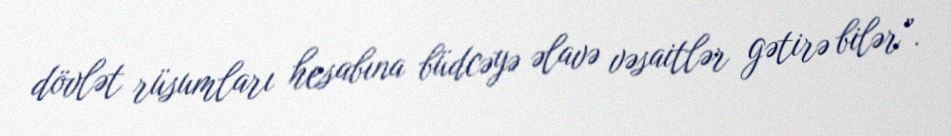
dövlət rüsumları hesabına büdcəyə əlavə vəsaitlər gətirə bilər”.